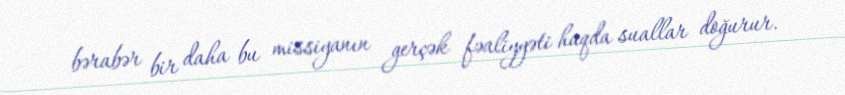
bərabər bir daha bu missiyanın gerçək fəaliyyəti haqda suallar doğurur.